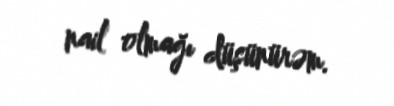
nail olmağı düşünürəm.